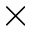
\mathrm { \times }